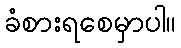
ခံစားရစေမှာပါ။